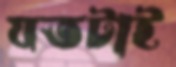
যতটাই